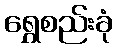
ရွှေစည်းခုံ